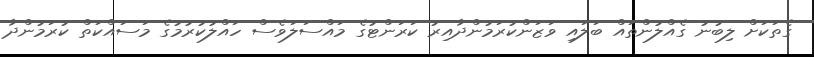
ގެތަކަށް ލިބުނު ގެއްލުންތައް ބަލައި ވަޒަންކުރަމުންދާއިރު ކަރަންޓުގެ މައްސަލަވެސް ހައްލުކުރުމުގެ މަސައްކަތް ކުރަމުންދާ